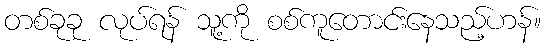
တစ်ခုခု လုပ်ရန် သူ့ကို စစ်ကူတောင်းနေသည့်ဟန်။